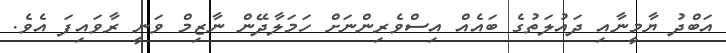
އަބްދު ޔާމީނާއި ދައުލަތުގެ ބައެއް އިސްވެރިންނަށް ހަމަލާދޭން ނާޒިމް ވަނީ ރާވައިފަ އެވެ.